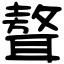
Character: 聱